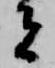
者